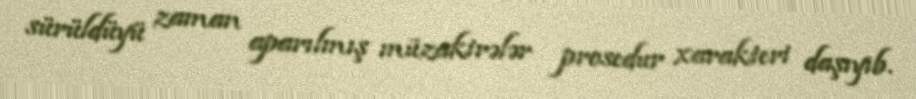
sürüldüyü zaman aparılmış müzakirələr prosedur xarakteri daşıyıb.